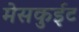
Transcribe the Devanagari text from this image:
मेसकुईट